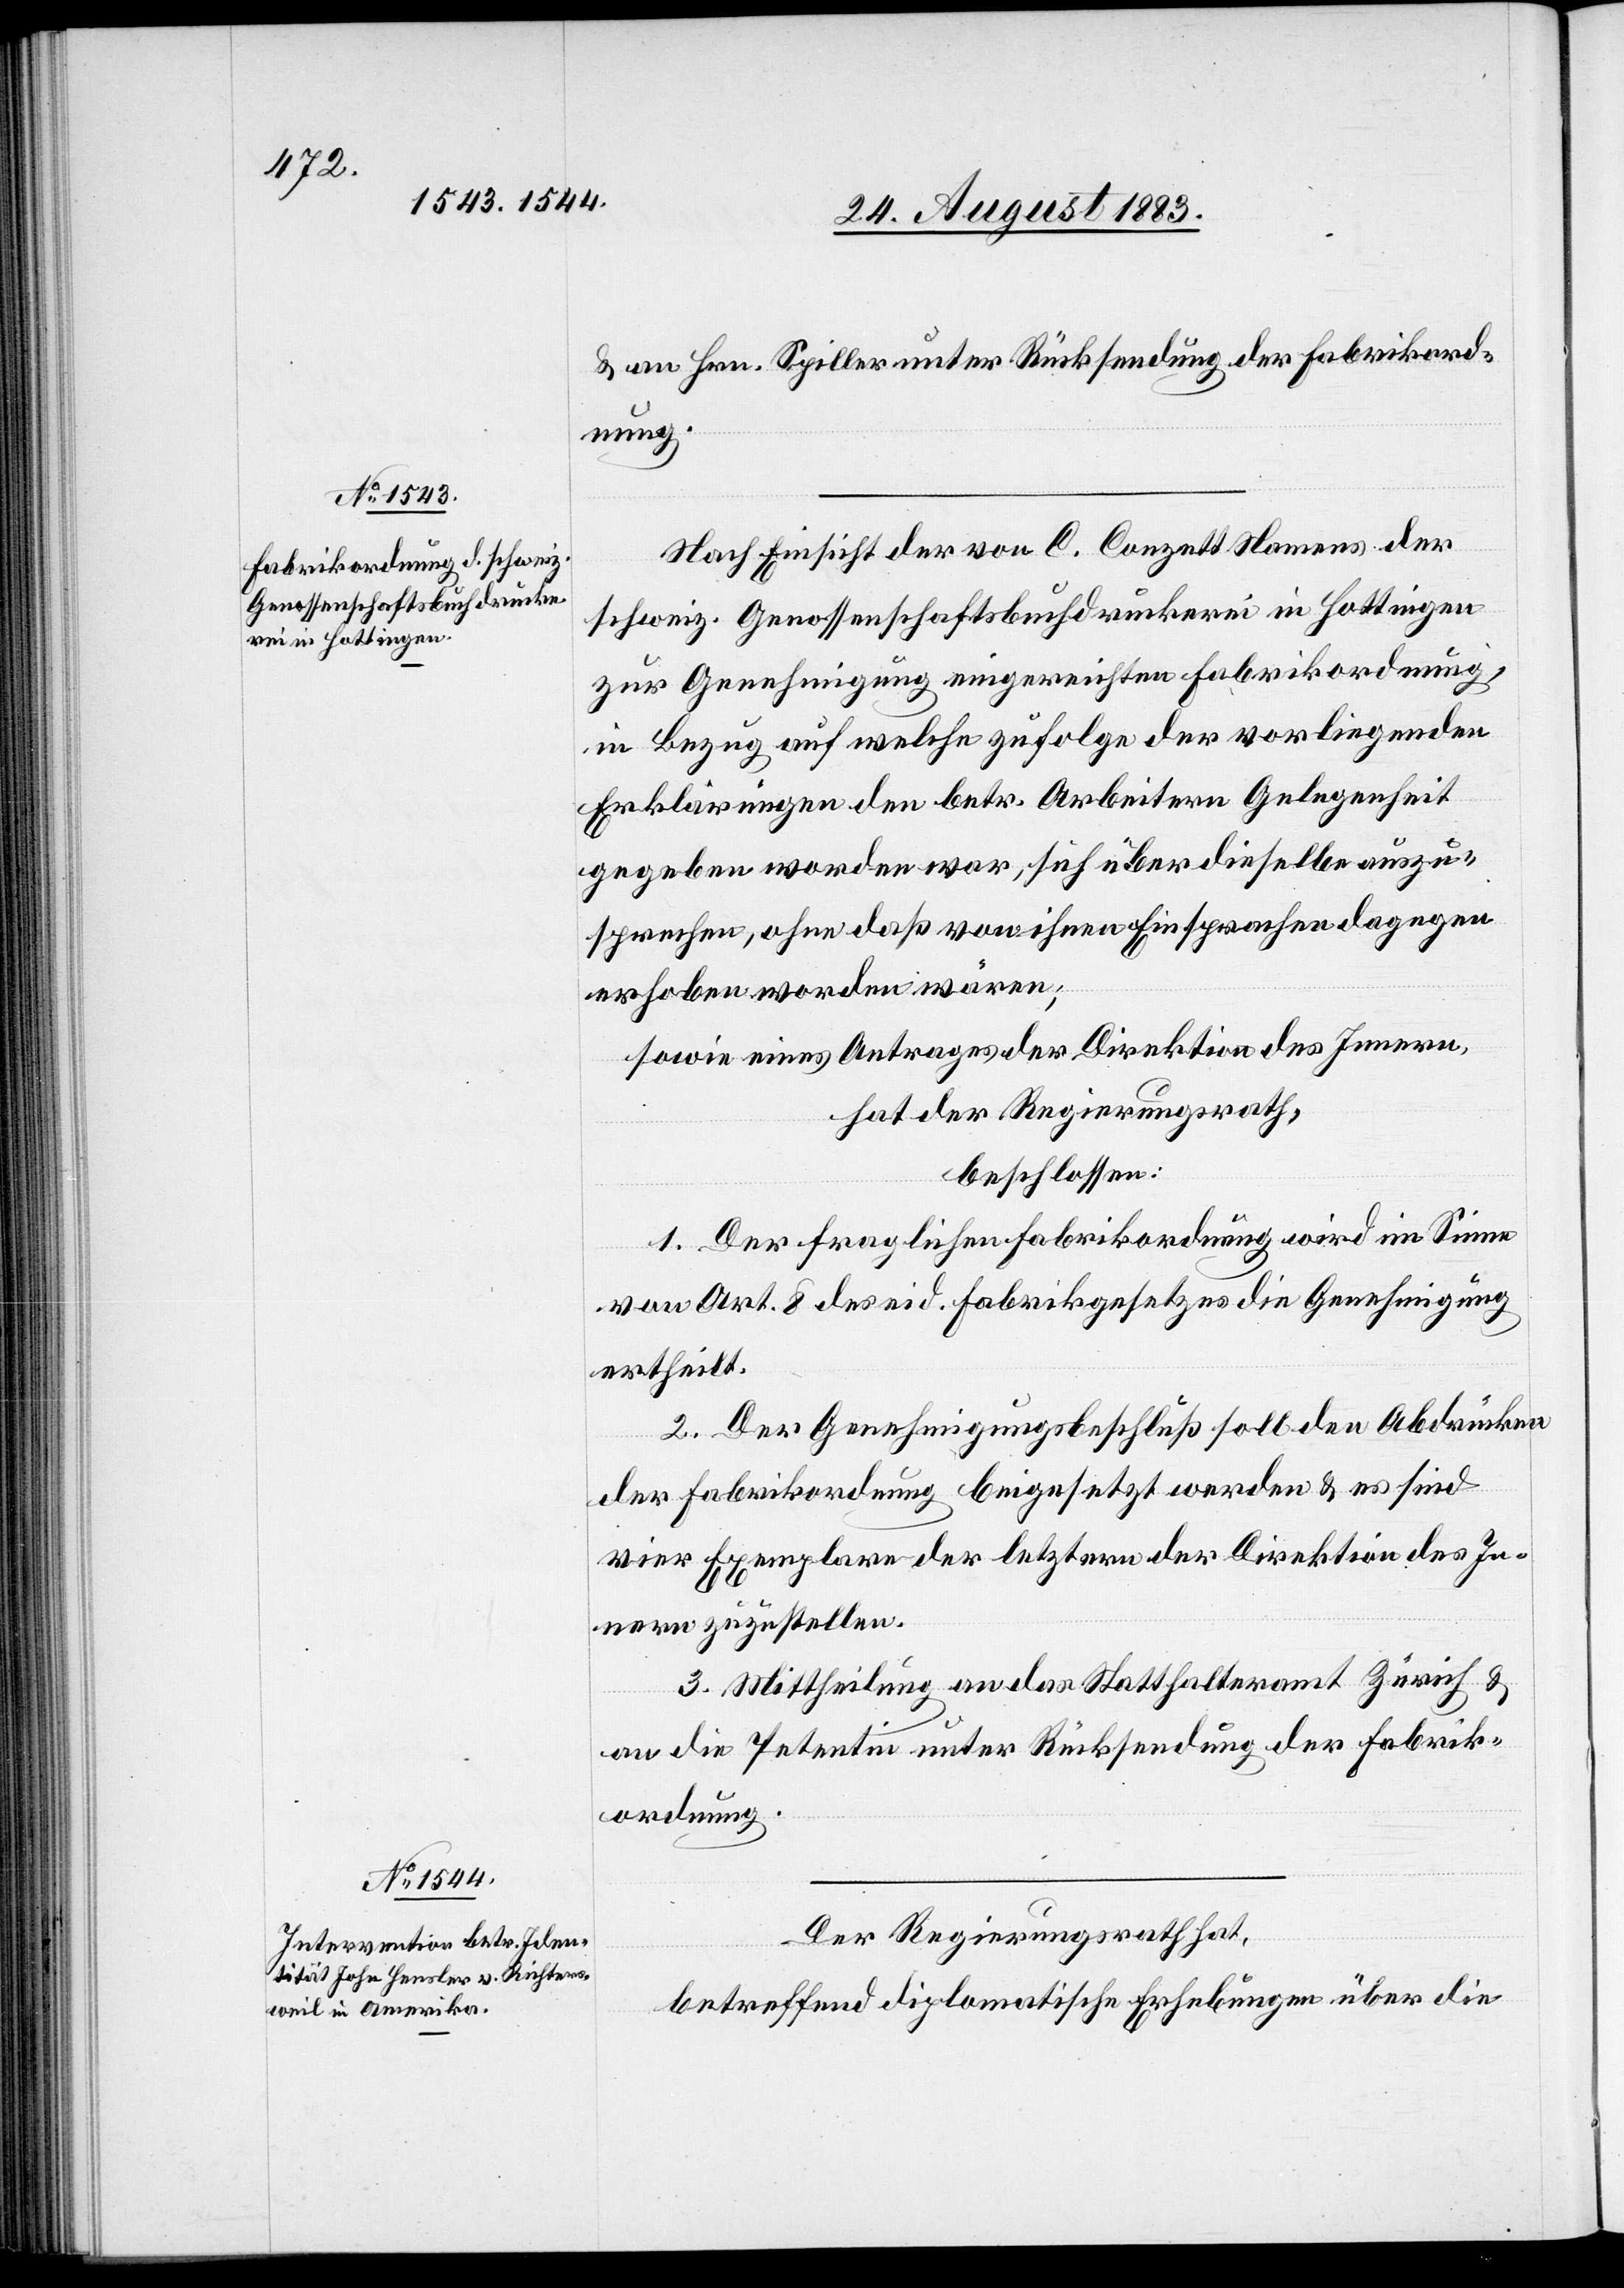
& an Hrn. Spiller unter Rücksendung der Fabrikord¬
nung.
Nach Einsicht der von C. Conzett Namens der
schweiz. Genossenschaftsbuchdruckerei in Hottingen
zu Genehmigung eingereichten Fabrikordnung,
in Bezug auf welche zufolge der vorliegenden
Erklärungen den betr. Arbeitern Gelegenheit
gegeben worden war, sich über dieselbe auszu¬
sprechen, ohne daß von ihnen Einsprachen dagegen
erhoben worden wären;
sowie eines Antrages der Direktion des Innern,
hat der Regierungsrath,
beschlossen:
1. Der fraglichen Fabrikordnung wird im Sinne
von Art. 8 des eid. Fabrikgesetzes die Genehmigung
ertheilt.
2. Der Genehmigungsbeschluß soll den Abdrücken
der Fabrikordnung beigesetzt werden & es sind
vier Exemplare der letztern der Direktion des In¬
nern zuzustellen.
3. Mittheilung an das Statthalteramt Zürich &
an die Petentin unter Rücksendung der Fabrik¬
ordnung.
Der Regierungsrath hat,
betreffend diplomatische Erhebungen über die